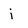
Character: j